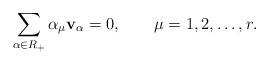
LaTeX: \begin{align*}\sum_{\alpha\in R_+}\alpha_\mu {\bf v}_\alpha = 0, \qquad \mu =1,2,\ldots , r.\end{align*}